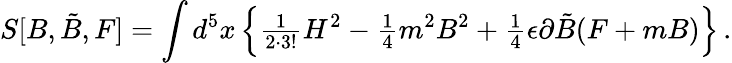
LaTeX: S[B,\tilde{B},F]=\int d^{5}x\left\{ {\textstyle\frac{1}{2\cdot 3!}}H^{2}-{\textstyle\frac{1}{4}}m^{2}B^{2}+{\textstyle\frac{1}{4}}\epsilon\partial\tilde{B}(F+mB)\right\} \, .